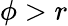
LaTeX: \phi>r